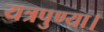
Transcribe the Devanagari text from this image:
यत्रपुण्या।